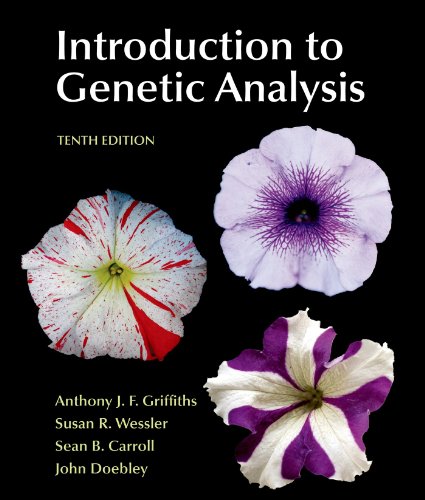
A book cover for Introduction to Genetic Analysis, 10th Edition; Anthony J.F. Griffiths; Medical Books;